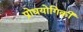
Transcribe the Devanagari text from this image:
प्रोधयोगिकी